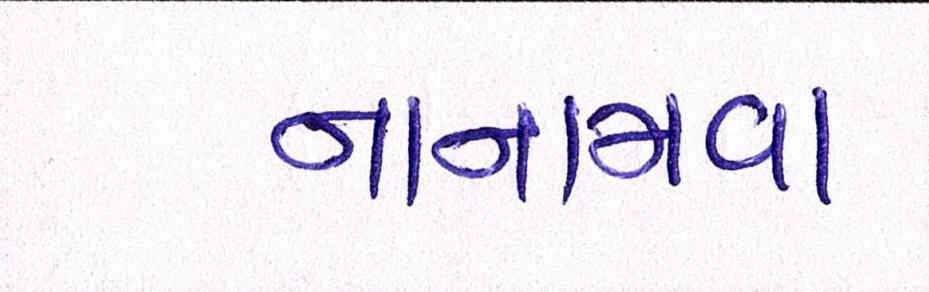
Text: નાનામવા